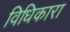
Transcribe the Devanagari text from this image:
विधिकारा